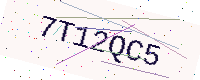
Text: 7T12QC5